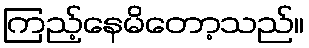
ကြည့်နေမိတော့သည်။